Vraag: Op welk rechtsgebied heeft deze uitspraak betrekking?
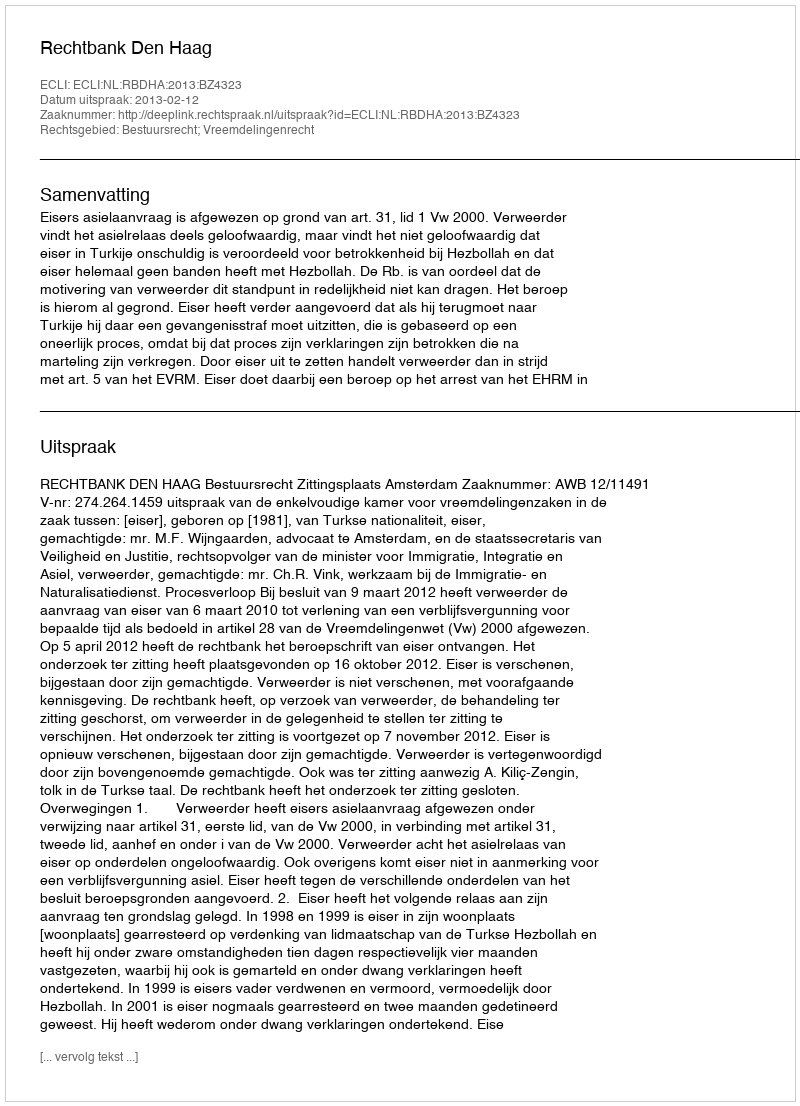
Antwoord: Bestuursrecht; Vreemdelingenrecht